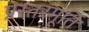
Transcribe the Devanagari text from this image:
प्रस्तरमूर्ति